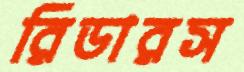
রিডারস